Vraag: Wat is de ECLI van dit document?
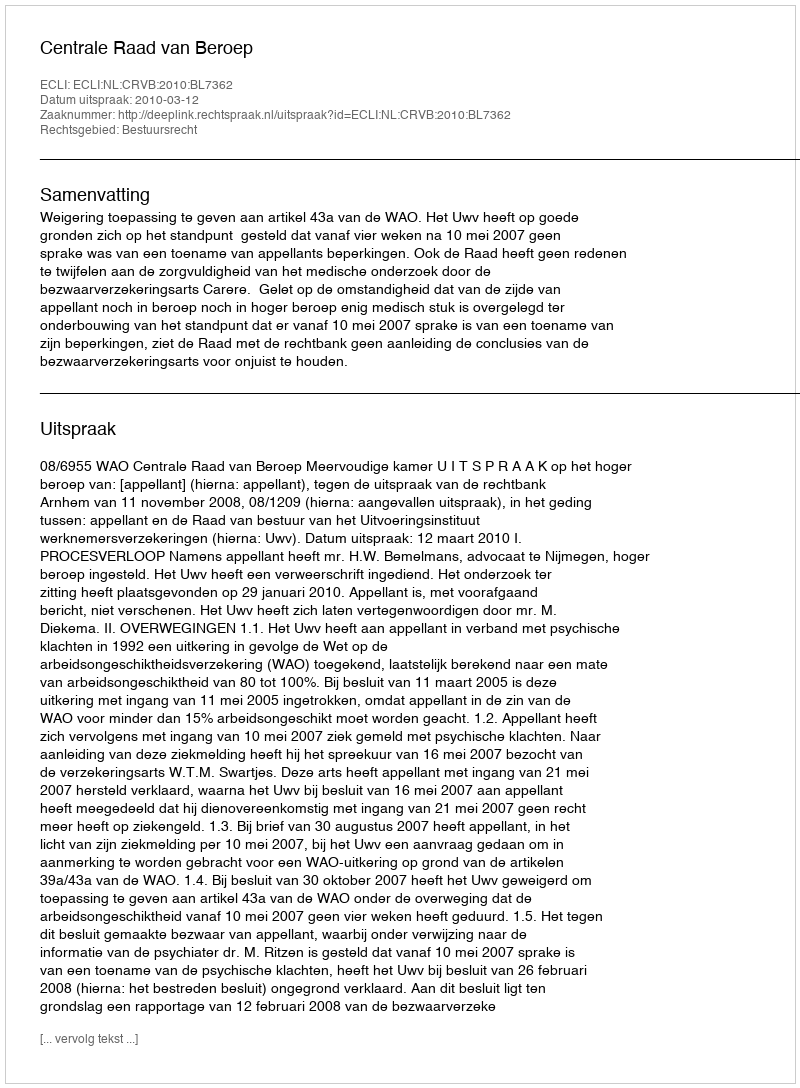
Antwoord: ECLI:NL:CRVB:2010:BL7362